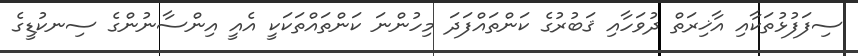
ސިފަފުޅުތަކާއި އާޚިރަތް ދުވަހާއި ޤަބުރުގެ ކަންތައްފަދަ މިހުންނަ ކަންތައްތަކަކީ އެއީ އިންސާނުންގެ ސިނކުޑީގެ